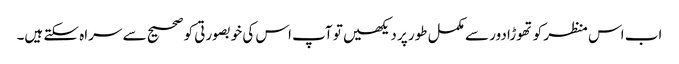
اب اس منظر کو تھوڑا دور سے مکمل طور پر دیکھیں تو آپ اس کی خوبصورتی کو صحیح سے سراہ سکتے ہیں۔